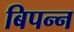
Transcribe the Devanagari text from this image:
बिपन्न